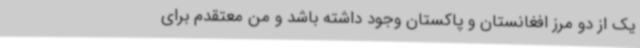
یک از دو مرز افغانستان و پاکستان وجود داشته باشد و من معتقدم برای